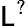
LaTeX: \mathsf{L}^{?}